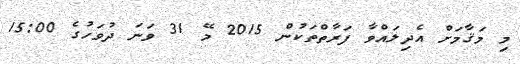
މި މަޤާމަށް އެދިލައްވާ ފަރާތްތަކުން 2015 މޭ 31 ވަނަ ދުވަހުގެ 15:00